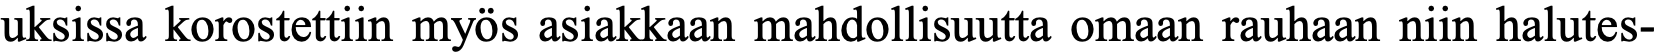
uksissa korostettiin myös asiakkaan mahdollisuutta omaan rauhaan niin halutes-